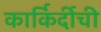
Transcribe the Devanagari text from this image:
कार्किर्दीची